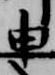
申